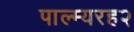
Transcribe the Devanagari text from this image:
पाल्म्यरह२